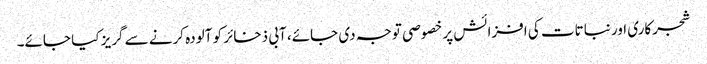
شجرکاری اور نباتات کی افزائش پر خصوصی توجہ دی جائے، آبی ذخائر کو آلودہ کرنے سے گریز کیا جائے۔